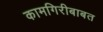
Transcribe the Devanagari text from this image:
कामगिरीबाबत